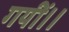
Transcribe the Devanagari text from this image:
गयीं।।